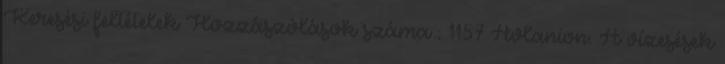
Keresési feltételek Hozzászólások száma : 1157 Avlanion. A vízesések